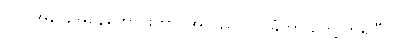
ငပါ အခြေအနေကောင်းတာ၊ အလည်လက်ခံတာ တွေ့ကြရပြီပဲ။